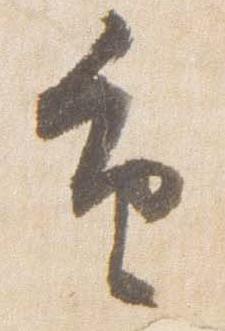
重